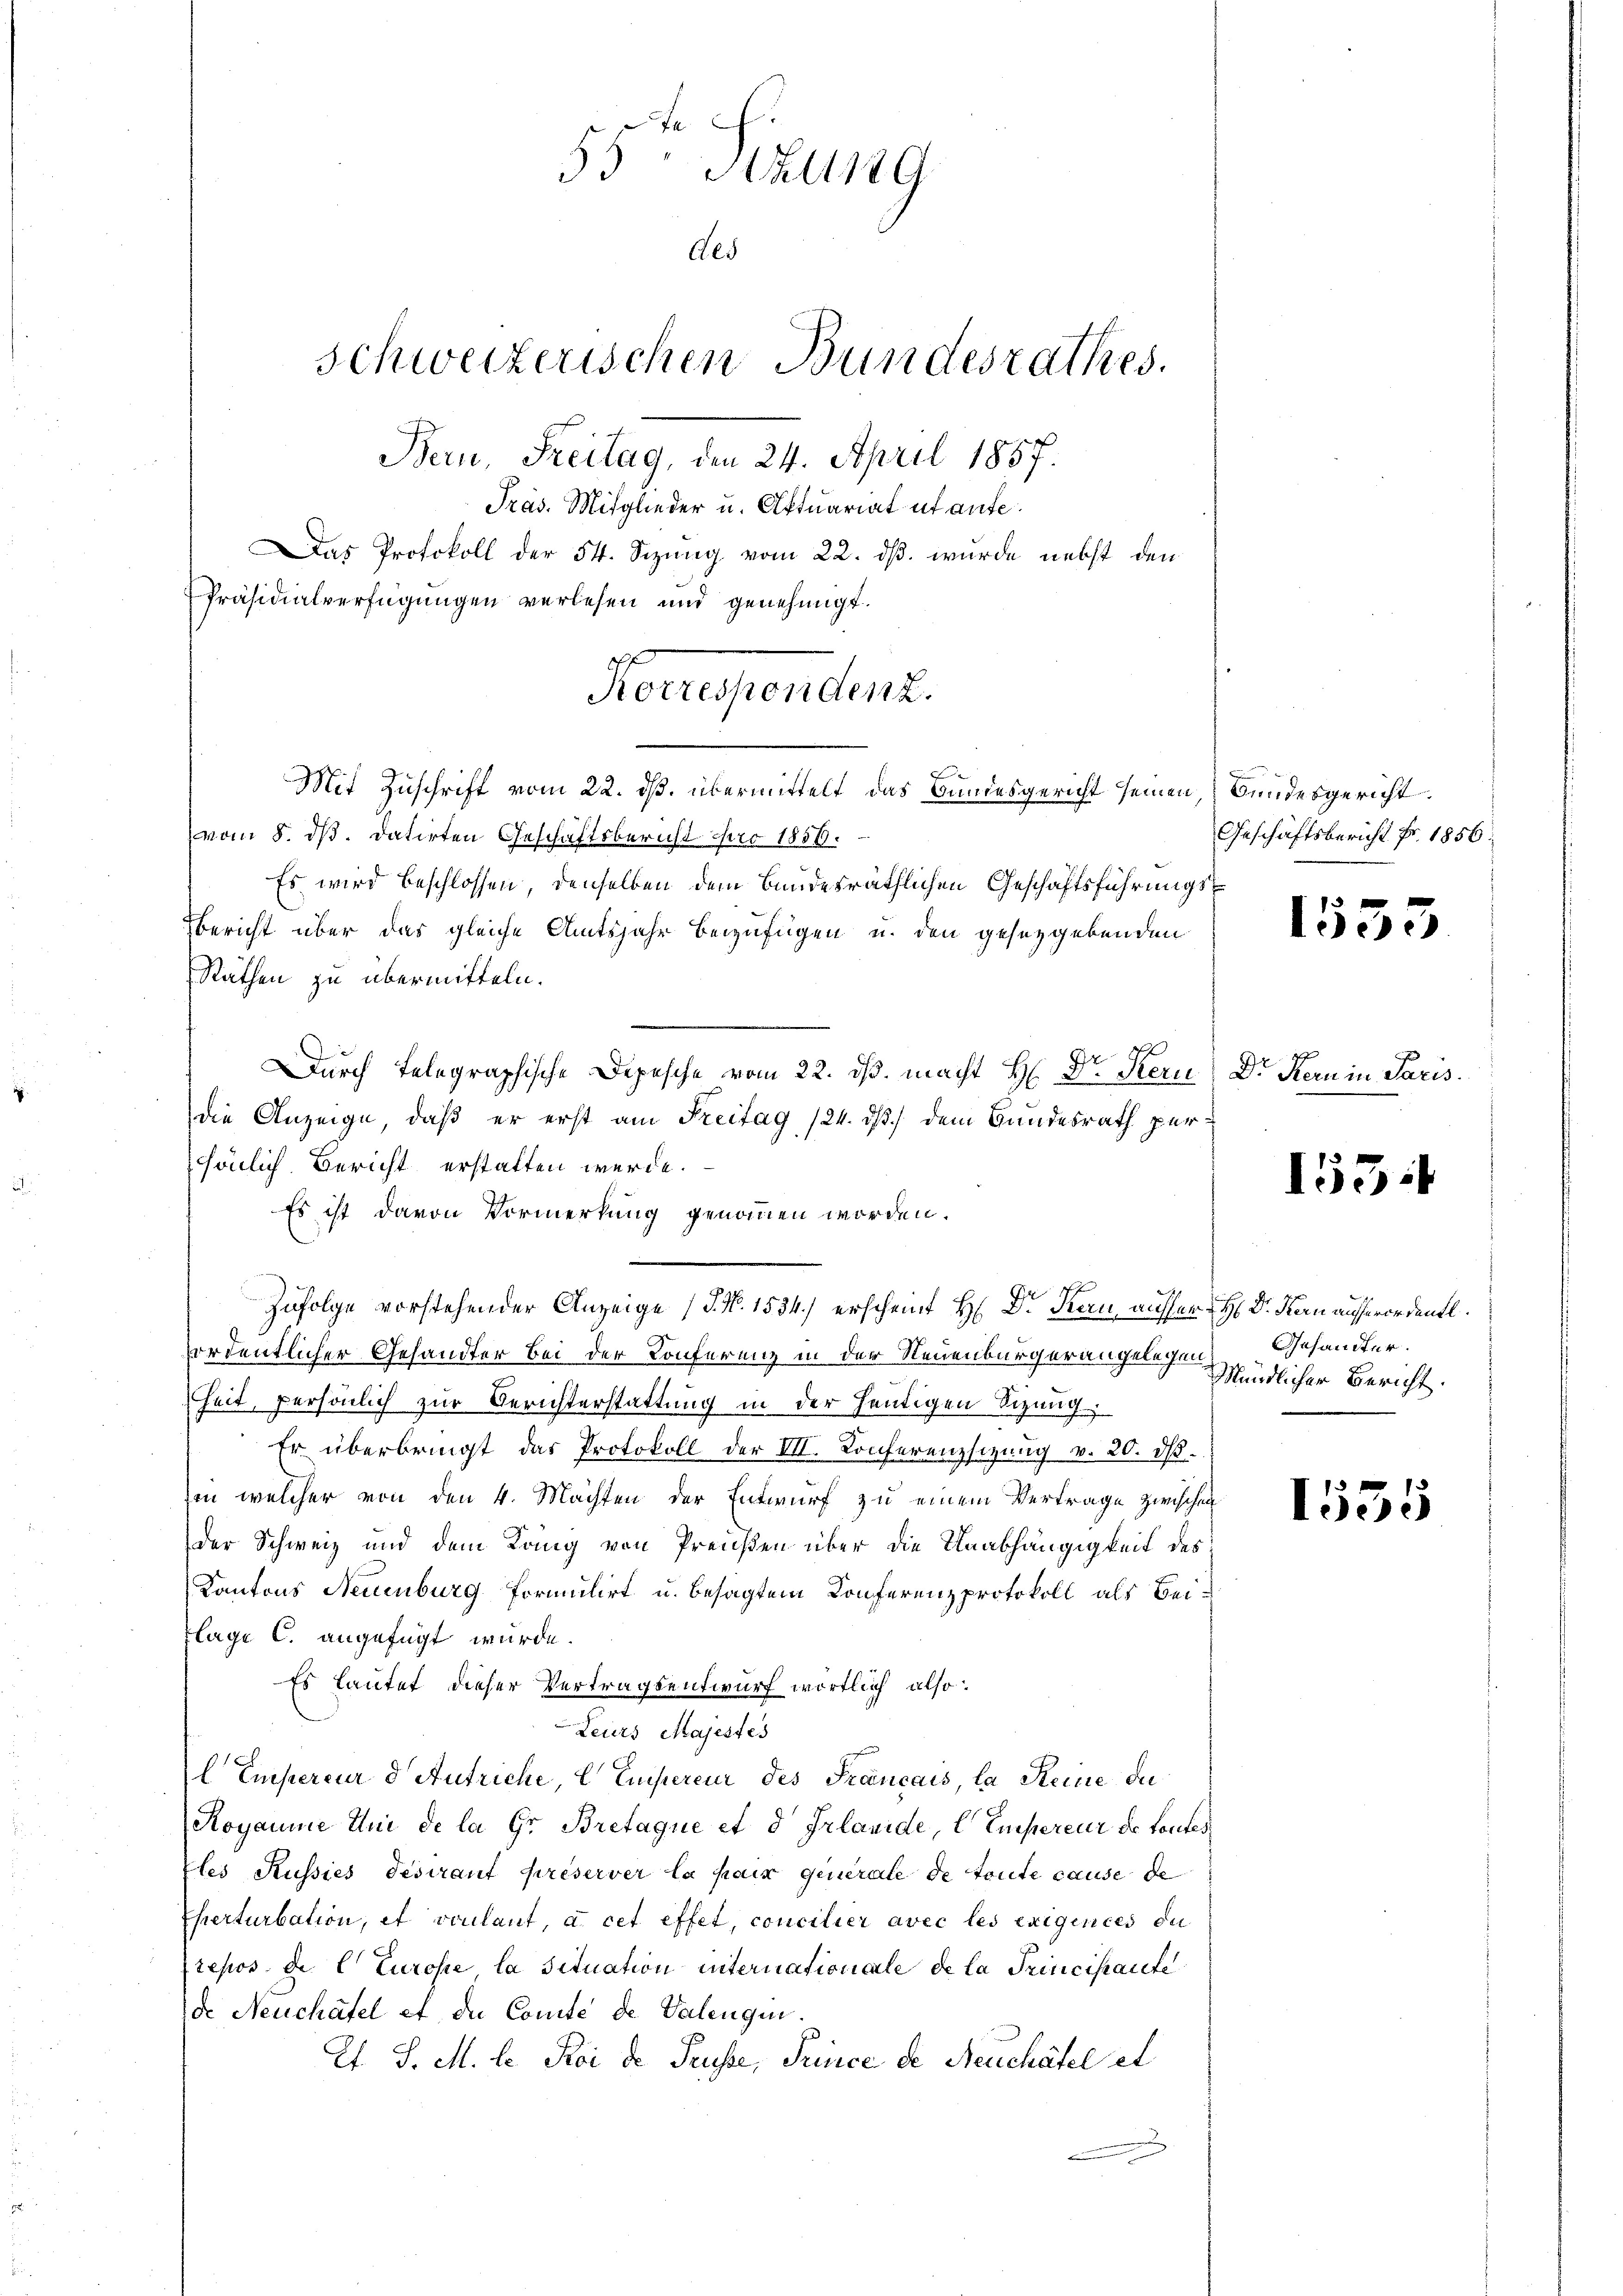
A
55 Soll 179
Als
Schweizerischen Bundesrathes.
Bern, Freitag, den 24. April 1857.
Pras. Mitglieder u. Aktuariat ut aufe.
Das Protokoll der 54. Sizung vom 22. ds. wurde nebst den
Präsidialverfügungen verlesen und genehmigt.
r

Es wird beschlossen, denselben dem bundesräthlichen Geschäftsführungs¬
Bericht über das gleiche Amtsjahr beizufügen u. den gesetzgebenden
Räthen zu übermitteln.
Durch Telegraphische Depesche vom 22. ds. macht H: Dr. Kern
die Anzeige, daß er erst am Freitag 124. dß) dem Bundesrath persönlich Bericht erstatten werde.
Es ist davon Vormerkung genommen worden.
Zufolge vorstehender Anzeige (§. N. 1534) erscheint H. Dr. Kern, ausser H Dr. Kan ausserordentl.
fordentlicher Gesandter bei der Konferenz in der Neuenburgerangelegen
heit, persönlich zur Berichterstattung in der heutigen Sizung
Er überbringt das Protokoll der III. Konferenzsizung v. 20. d.
von welcher von den 4. Machten der Entwurf zu einem Vertrage zwischen
der Schweiz und dem Kang von Preißen über die Unabhängigkeit des
Kantons Neuenburg formulirt u. besagtem Konferenzprotokoll als Beiflage C. angefügt wurde.
Es lautet dieser Vertragsentwurf wortlich also:
Leurs Majestes
lEmpereur d Aufriche, C Empereur des Français, la Reine du
Royaume Uni de la Gr. Bretaque et d Irlanide, C Empereur de toutes
les Russies desirant preserver la par generale de toute cause de
Ehrerturbation, et vonlaut, à cet effet, concilier avec les exigences du
tepos de Turose la Situation internationale de la Trincipante
de Neuchâtel et die Comte de Valengu
Et. S. M. le Koi de Trüsse, Prince de Neuchâtel et

Korrespondenz.
Mit Zuschrift vom 22. ds. übermittelt das Bandesgericht seinen Bundesgericht
vom 8. ds. datirten Geschäftsbericht pro 1858.

Pf

Geschäftsbericht Fr. 1856.

1535

Dr. Kern in Paris.

155.

Gesandter.
Mündlicher Bericht.

1535